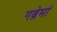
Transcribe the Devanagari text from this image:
गब्रेमां